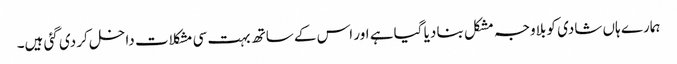
ہمارے ہاں شادی کو بلاوجہ مشکل بنا دیا گیا ہے اور اس کے ساتھ بہت سی مشکلات داخل کر دی گئی ہیں۔